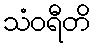
သံဝရီတိ